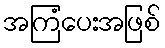
အကြံပေးအဖြစ်